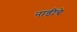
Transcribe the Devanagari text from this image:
नाडीचे